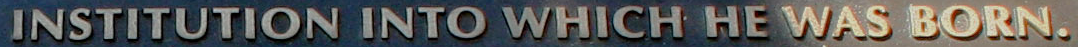
INSTITUTION INTO WHICH HE WAS BORN.